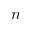
n